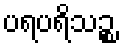
ပရပရိသဉ္စ